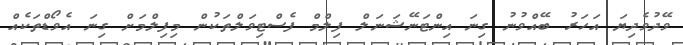
ވޭދުވެދިޔަ އަހަރު ބޭއްވުނު ގިނަ އިންޓަނޭޝަނަލް ފިލްމް ފެސްޓިވަލްތަކުން މިފިލްމަށް ގިނަ އެވޯޑްތަކެއް